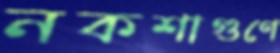
নকশাগুণে